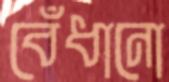
বেঁধানো